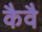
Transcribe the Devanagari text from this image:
कैवै